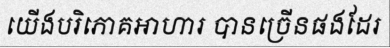
យើងបរិភោគអាហារ បានច្រើនផងដែរ